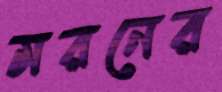
মরনের